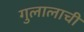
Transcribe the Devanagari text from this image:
गुलालाची